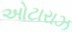
ઓટારાઝ